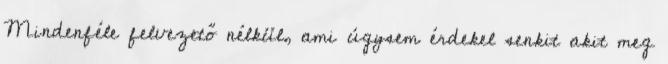
Mindenféle felvezető nélkül, ami úgysem érdekel senkit akit meg